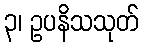
၃၊ ဥပနိသသုတ်